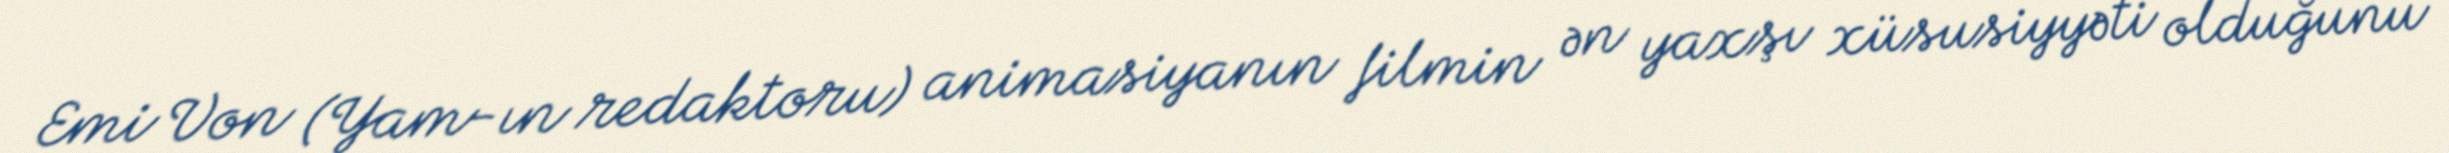
Emi Von (Yam-ın redaktoru) animasiyanın filmin ən yaxşı xüsusiyyəti olduğunu